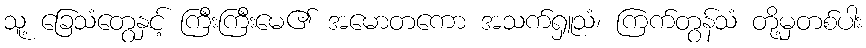
သူ့ ခြေသံတွေနှင့် ကြီးကြီးမေ၏ အမောတကော အသက်ရှူသံ၊ ကြက်တွန်သံ တို့မှတစ်ပါး